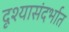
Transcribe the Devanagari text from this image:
दृश्यासंदर्भात